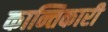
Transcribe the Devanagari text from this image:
कान्तिकारी